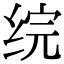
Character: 𬘫